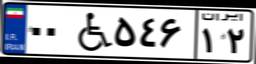
۲۳W۹۱۰۷۶